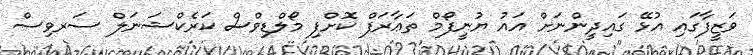
ވަޒީފާގައި އުޅޭ ގައިދީންނަށް އައު ޔުނީފޯމް ތަޢާރަފް ކޮށްފި މޯލްޑިވްސް ކަރެކްޝަނަލް ސަރވިސް